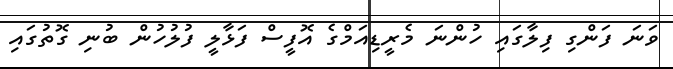
ވަނަ ފަންގި ފިލާގައި ހުންނަ މެރީޑިއަމްގެ އޮފީސް ފަޅާލީ ފުލުހުން ބުނި ގޮތުގައި